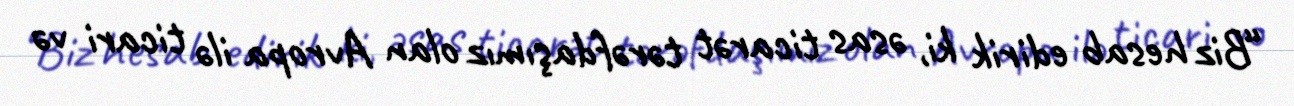
“Biz hesab edirik ki, əsas ticarət tərəfdaşımız olan Avropa ilə ticari və